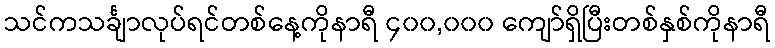
သင်ကသင်္ချာလုပ်ရင်တစ်နေ့ကိုနာရီ ၄၀၀,၀၀၀ ကျော်ရှိပြီးတစ်နှစ်ကိုနာရီ